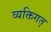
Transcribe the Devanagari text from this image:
व्यक्तिगत्